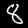
Digit: 8